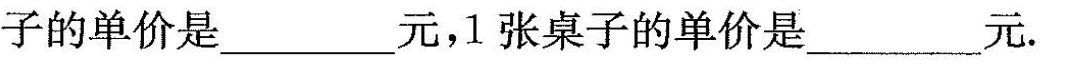
子的单价是___元，1张桌子的单价是___元.